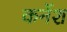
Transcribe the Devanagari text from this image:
कर्नेश